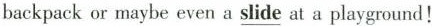
backpack or maybe even a slide at a playground!